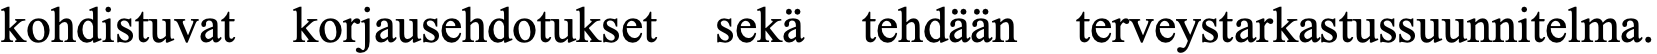
kohdistuvat korjausehdotukset sekä tehdään terveystarkastussuunnitelma.